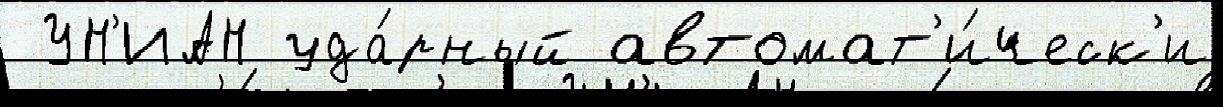
 УН'ИАН уда́рный автомат'и́ческ'и